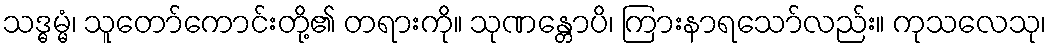
သဒ္ဓမ္မံ၊ သူတော်ကောင်းတို့၏ တရားကို။ သုဏန္တောပိ၊ ကြားနာရသော်လည်း။ ကုသလေသု၊